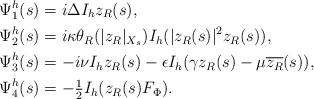
LaTeX: \begin{align*} \Psi^h_1(s)&= i\Delta I_h z_R(s), \\ \Psi^h_2(s)&=i\kappa \theta_R(|z_R|_{X_s})I_h(|z_R(s)|^2z_R(s)),\\ \Psi^h_3(s)&=-i \nu I_h z_R(s)-\epsilon I_h (\gamma z_R(s) -\mu \overline{z_R}(s)),\\ \Psi^h_4(s)&= -\tfrac{1}{2}I_h (z_R(s)F_\Phi).\end{align*}